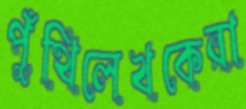
পুঁথিলেখকেরা